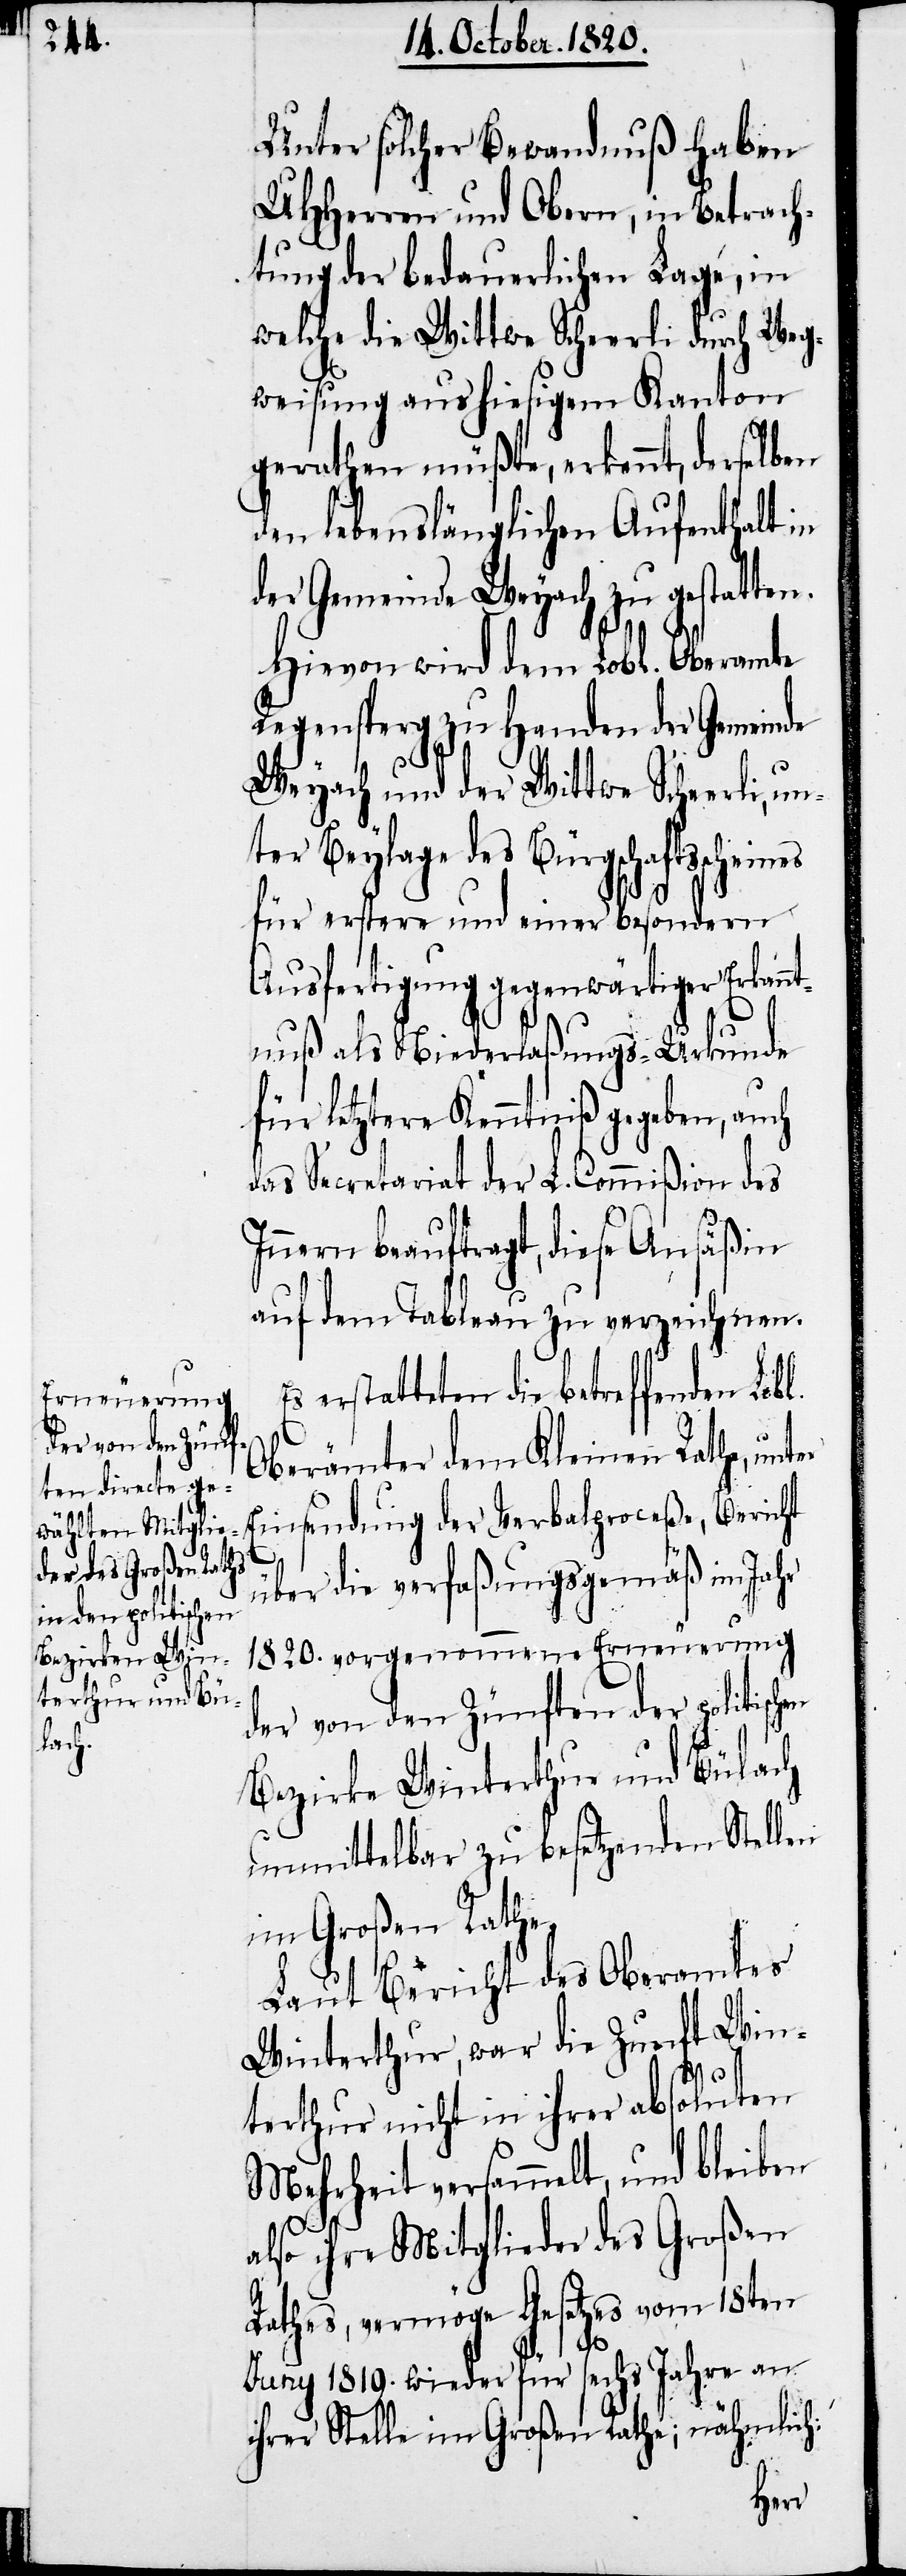
Unter solcher Bewandnuß haben
UHHerren und Obern, in Betrach¬
tung der bedauerlichen Lage, in
welche die Wittwe Scheerli durch Weg¬
weisung aus hiesigem Kanton
gerathen müßte, erkennt, derselben
den lebenslänglichen Aufenthalt in
der Gemeinde Weyach zu gestatten.
Hievon wird dem Lobl. Oberamte
Regensperg zu Handen der Gemeinde
Weyach und der Wittwe Scheerli, un¬
ter Beylage des Bürgschaftsschei¬
für erstere und einer besondern
Ausfertigung gegenwärtiger Erkann¬
tnuß als Niederlaßungs-Urkunde
für letztere Kenntniß gegeben, auch
das Secretariat der L. Commißion des
Innern beauftragt, diese Ansäßin
auf dem Tableau zu verzeichnen.
Es erstatteten die betreffenden
Oberämter dem Kleinen Rathe, unter
Einsendung der Verbalproceße, Bericht
über die verfaßungsgemäß im Jahr
1820. vorgenommene Erneuerung
der von den Zünften der politischen
Bezirke Winterthur und Bülach
unmittelbar zu besetzenden Stellen
im Großen Rathe.
Laut Bericht des Oberamtes
Winterthur, war die Zunft Win¬
terthur nicht in ihrer absoluten
Mehrheit versammelt, und bleiben
also ihre Mitglieder des Großen
Rathes, vermöge Gesetzes vom 18ten
nes
Juny 1819. wieder für sechs Jahre an
ihrer Stelle im Großen Rathe; nähmlich